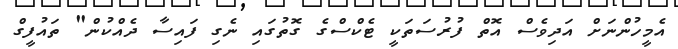
އެމީހުންނަށް އަދިވެސް އޮތް ފުރުސަތަކީ ޓެކްސްގެ ގޮތުގައި ނެގި ފައިސާ ދެއްކުން" ތައުފީގް